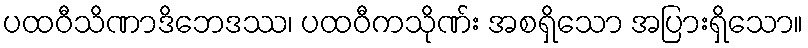
ပထဝီသိဏာဒိဘေဒဿ၊ ပထဝီကသိုဏ်း အစရှိသော အပြားရှိသော။